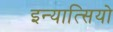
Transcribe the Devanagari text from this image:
इन्यात्सियो